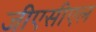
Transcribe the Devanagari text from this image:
जीएसीएल